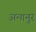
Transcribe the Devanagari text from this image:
अन्गनुर